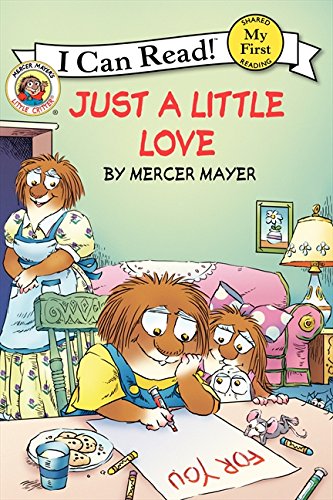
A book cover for Little Critter: Just a Little Love (My First I Can Read); Mercer Mayer; Children's Books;